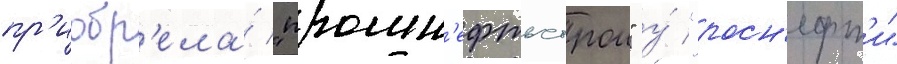
пр'иобр'ела́ "промн'ефтьстрои" у́ "росн'ефт'и"